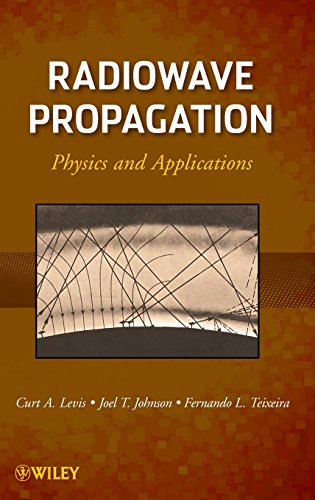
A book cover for Radiowave Propagation: Physics and Applications; Curt Levis; Crafts, Hobbies & Home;